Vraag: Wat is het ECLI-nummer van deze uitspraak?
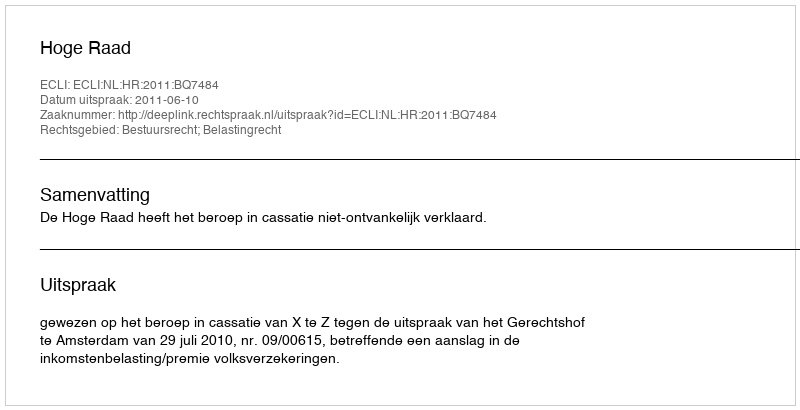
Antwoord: ECLI:NL:HR:2011:BQ7484